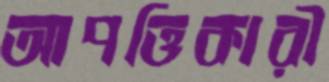
আপত্তিকারী